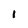
Character: l